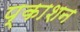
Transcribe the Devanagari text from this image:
प्काशन